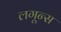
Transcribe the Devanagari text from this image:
लगून्स